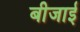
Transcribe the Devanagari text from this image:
बीजाई